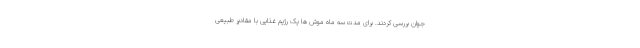
جوان بررسی کردند. برای مدت سه ماه موش ها یک رژیم غذایی با مقادیر طبیعی